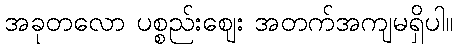
အခုတလော ပစ္စည်းဈေး အတက်အကျမရှိပါ။